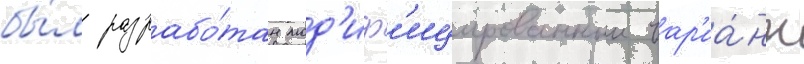
бы́л разрабо́тан мод'иф'ицированныи вар'иа́нт